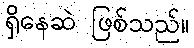
ရှိနေဆဲ ဖြစ်သည်။